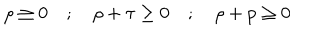
\rho \ge 0 \quad ; \quad \rho + \tau \ge 0 \quad ; \quad \rho + p \ge 0